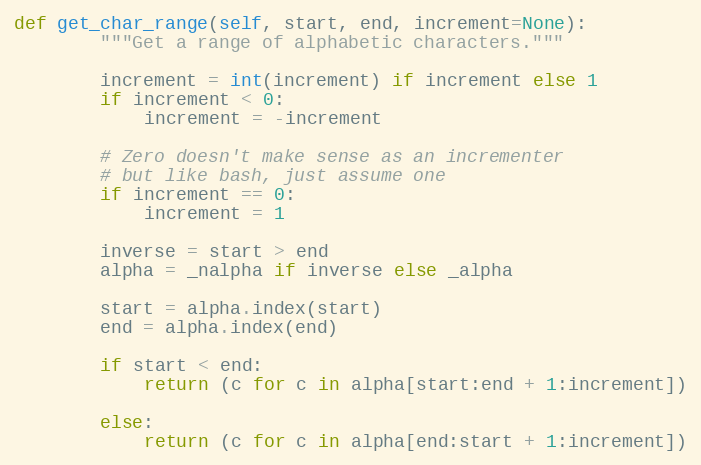
Language: Python
def get_char_range(self, start, end, increment=None):
        """Get a range of alphabetic characters."""

        increment = int(increment) if increment else 1
        if increment < 0:
            increment = -increment

        # Zero doesn't make sense as an incrementer
        # but like bash, just assume one
        if increment == 0:
            increment = 1

        inverse = start > end
        alpha = _nalpha if inverse else _alpha

        start = alpha.index(start)
        end = alpha.index(end)

        if start < end:
            return (c for c in alpha[start:end + 1:increment])

        else:
            return (c for c in alpha[end:start + 1:increment])